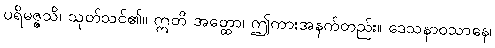
ပရိမဇ္ဇသိ၊ သုတ်သင်၏။ ဣတိ အတ္ထော၊ ဤကားအနက်တည်း။ ဒေသနာဝသာနေ၊